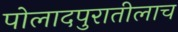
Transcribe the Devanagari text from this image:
पोलादपुरातीलाच